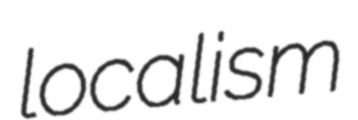
localism